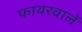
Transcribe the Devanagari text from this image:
फायरवालें